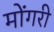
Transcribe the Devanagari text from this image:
मोंगरी